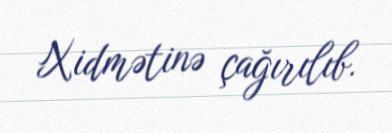
Xidmətinə çağırılıb.